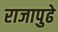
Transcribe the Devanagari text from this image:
राजापुढे